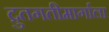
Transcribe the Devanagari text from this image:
द्रुतगतीमार्गाला